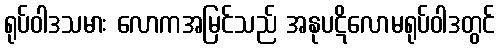
ရုပ်ဝါဒသမား လောကအမြင်သည် အနုပဋိလောမရုပ်ဝါဒတွင်